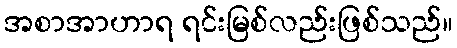
အစာအာဟာရ ရင်းမြစ်လည်းဖြစ်သည်။